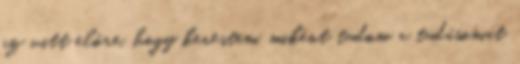
az vitt elôre, hogy kerestem, miként tudom a tudásomat